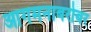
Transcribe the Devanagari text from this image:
आगमनाबरोबर